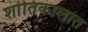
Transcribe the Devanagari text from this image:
शांतिकालात